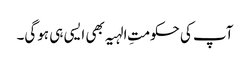
آپ کی حکومتِ الہیہ بھی ایسی ہی ہوگی۔